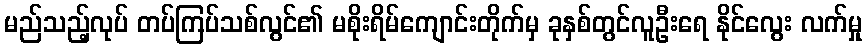
မည်သည့်လုပ် တပ်ကြပ်သစ်လွင်၏ မစိုးရိမ်ကျောင်းတိုက်မှ ခုနှစ်တွင်လူဦးရေ နိုင်လွေး လက်မှု